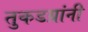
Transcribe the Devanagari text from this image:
तुकडय़ांनी